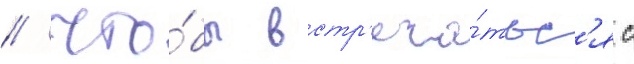
/ что́бы встр'еча́тьс'я с